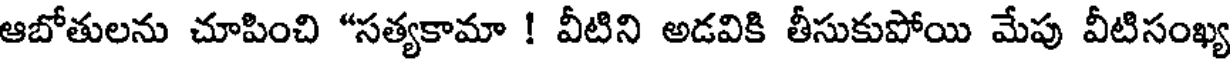
ఆబోతులను చూపించి "సత్యకామా ! వీటిని అడవికి తీసుకుపోయి మేపు వీటిసంఖ్య